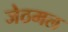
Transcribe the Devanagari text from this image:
जेठमल